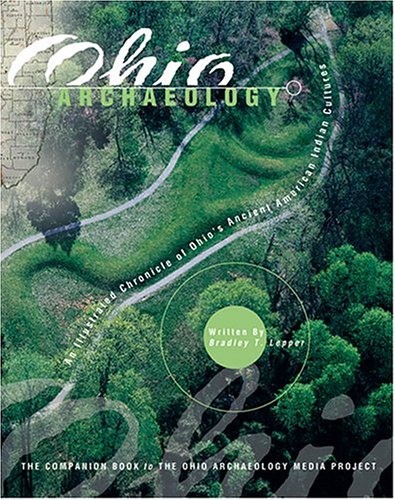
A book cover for Ohio Archaeology an Illustrated Chronicle of Ohio's Ancient American Indian Culture; Bradley Thomas Lepper; History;